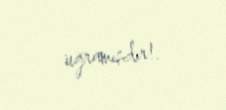
uğramışdır!.